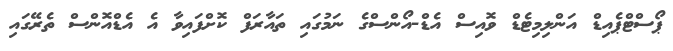
ޕޯސްޓްޕެއިޑް އަންލިމިޓެޑް ވޮއިސް އެޑް-އޯންސްގެ ނަމުގައި ތައާރަފް ކޮށްފައިވާ އެ އެޑްއޮންސް ތެރޭގައި